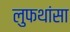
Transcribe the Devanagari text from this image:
लुफथांसा